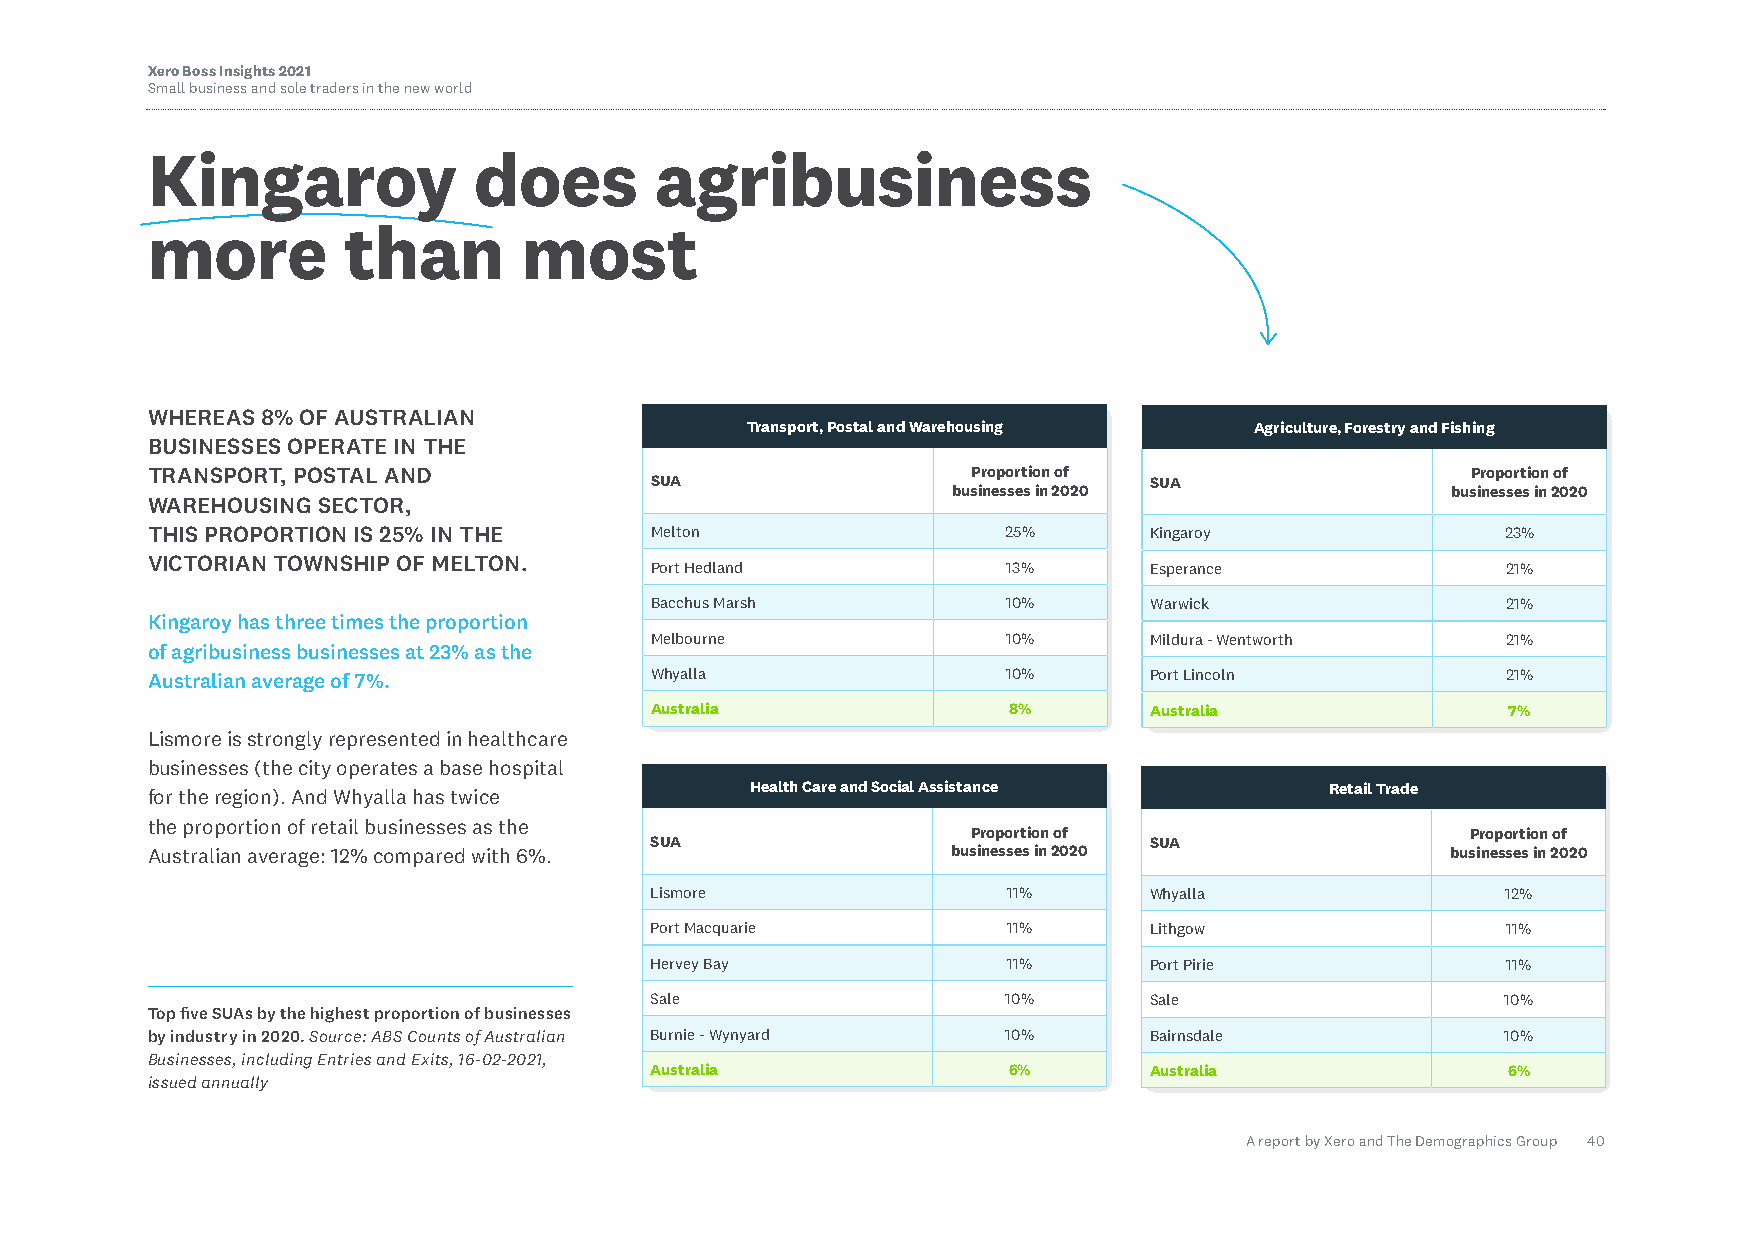
Xero Boss Insights 2021
 Small business and sole traders in the new world
 Kingaroy             does        agribusiness
 more         than        most
 WHEREAS 8% OF AUSTRALIAN
 Transport, Postal and Warehousing Agriculture, Forestry and Fishing
 BUSINESSES OPERATE IN THE
 TRANSPORT, POSTAL AND                                 Proportion of                    Proportion of
 SUA                              SUA
 businesses in 2020               businesses in 2020
 WAREHOUSING SECTOR,
 THIS PROPORTION IS 25% IN THE    Melton                  25%      Kingaroy                23%
 VICTORIAN TOWNSHIP OF MELTON.
 Port Hedland            13%      Esperance               21%
 Bacchus Marsh           10%      Warwick                 21%
 Kingaroy has three times the proportion
 Melbourne               10%      Mildura - Wentworth     21%
 of agribusiness businesses at 23% as the
 Australian average of 7%.        Whyalla                 10%      Port Lincoln            21%
 Australia               8%       Australia               7%
 Lismore is strongly represented in healthcare
 businesses (the city operates a base hospital
 Health Care and Social Assistance     Retail Trade
 for the region). And Whyalla has twice
 the proportion of retail businesses as the
 Proportion of                    Proportion of
 SUA                              SUA
 Australian average: 12% compared with 6%.            businesses in 2020               businesses in 2020
 Lismore                 11%      Whyalla                 12%
 Port Macquarie          11%      Lithgow                 11%
 Hervey Bay              11%      Port Pirie              11%
 Sale                    10%      Sale                    10%
 Top five SUAs by the highest proportion of businesses
 by industry in 2020. Source: ABS Counts of Australian Burnie - Wynyard 10% Bairnsdale     10%
 Businesses, including Entries and Exits, 16-02-2021,
 Australia               6%       Australia               6%
 issued annually
 A report by Xero and The Demographics Group 40